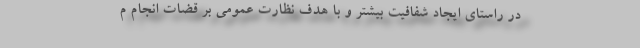
در راستای ایجاد شفافیت بیشتر و با هدف نظارت عمومی بر قضات انجام م